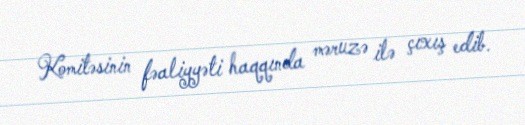
Komitəsinin fəaliyyəti haqqında məruzə ilə çıxış edib.